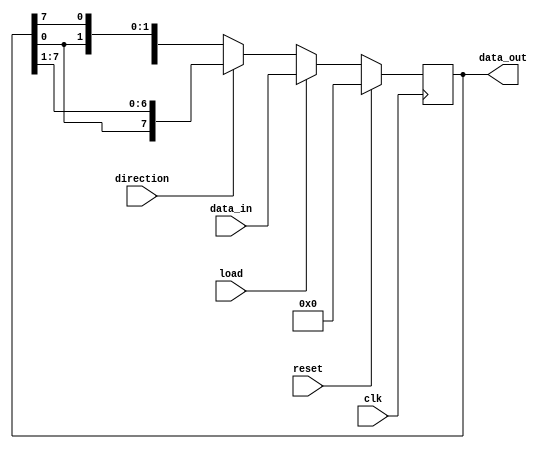
module shift_register (
    input wire clk,
    input wire load,
    input wire reset,
    input wire direction,
    input wire [7:0] data_in,
    output reg [7:0] data_out
);

reg [7:0] shift_reg;

always @(posedge clk) begin
    if (reset) begin
        shift_reg <= 8'b0;
    end else begin
        if (load) begin
            shift_reg <= data_in;
        end else begin
            if (direction) begin // Shift Right
                shift_reg <= {shift_reg[0], shift_reg[7:1]};
            end else begin // Shift Left
                shift_reg <= {shift_reg[6:0], shift_reg[7]};
            end
        end
    end
end

assign data_out = shift_reg;

endmodule